Report on the administration of the Government Cinchona Department 1892-98
Year: 1892
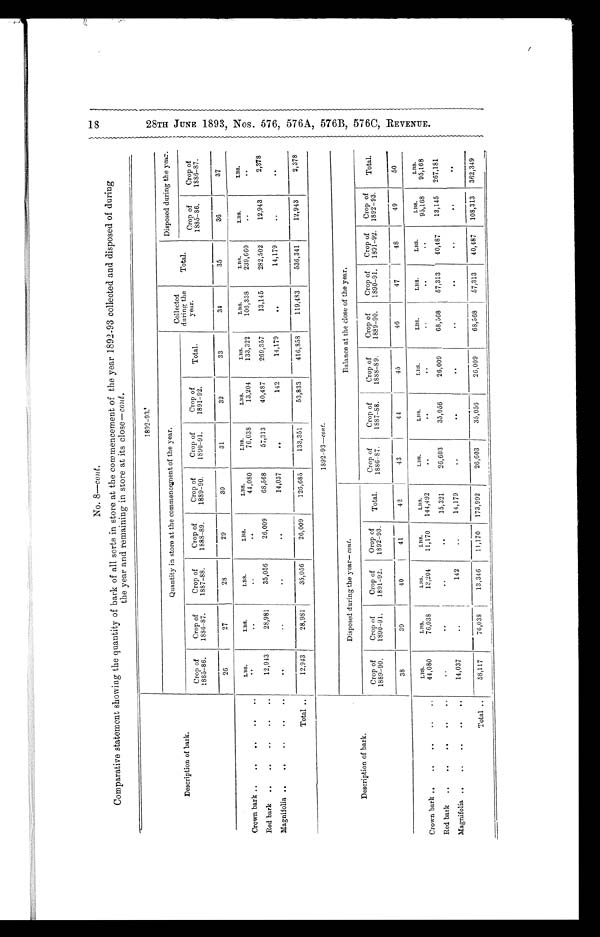
No. 8—cont.
Comparative statement showing the quantity of bark of all sorts in store at the commencement of the year 1892-93 collected and disposed of during
the year and remaining in store at its close— cont.
Description of bark.
1 8 9 2 — 9 3 .
Quantity in store at the commencement of the year.
Collected
during the
year.
Total.
Disposed during the year.
Crop of
1885-86.
Crop of
1886-87.
Crop of
1887-88.
Crop of
1888-89.
Crop of
1889-90.
Crop of
1890-91.
Crop of
1891-92.
Total.
Crop of
1885-86.
Crop of
1886-87.
26
27
28
29
30
31
32
33
34
35
36
37
Crown bark . . .
LBS.
LBS.
LBS.
LBS.
LBS.
LBS.
LBS.
LBS.
LBS.
LBS.
L B S .
LBS.
. . .
. . .
. . .
. . . 44,080
76,038
13,204
133,322
106,338
239,660
. . .
. . .
Red bark . . .
12,943
28,981
35,056
26,009
68,568
57,313
40,487
269,357
13,145
282,502
12,943
2,378
Magnifolia . . .
. . .
. . .
. . .
. . .
14,037
. . .
142
14,179
. . .
14,179
. . .
. . .
Total . . .
12,943
28,981
35,056
26,009
126,685
133,351
53,833
416,858
119,483
536,341
12,943
2,378
Description of bark.
1892-93—cont.
Disposed during the year— cont.
B a l a n c e a t t h e c l o s e o f t h e y e a r .
Crop of
1889-90.
Crop of
1890-91.
Crop of
1891-92.
Orop of
1892-93.
Total.
Crop of
1886-87.
Crop of
1887-88.
Crop of
1888-89.
Crop of
1889-90.
Crop of
1890-91.
Crop of
1891-92.
Crop of
1892-93.
Total.
38
39
40
41
42
43
44
45
46
47
48
49
50
Crown bark . . .
LBS.
LBS.
LBS.
LBS.
LBS.
LBS.
LBS.
L B S .
LBS.
LBS.
LBS.
LBS.
LBS.
44,080
76,038
13,204
11,170
144,492
. . .
. . .
. . .
. . .
. . . . . .
95,168
95,168
Red bark . . .
. . .
. . .
. . . . . .
15,321
26,603
35,056
26,009
68,568
57,313
40,487
13,145
267,181
Magnifolia . . .
14,037
. . .
142
. . .
14,179
. . .
. . .
. . .
. . .
. . . . . .
. . .
. . .
Total . . .
58,117
76,038
13,346
11,170
173,992
26,603
35,056
26,009
68,568
57,313
40,487
108,313
362,349
1 8 2 8 T H J U N E 1 8 9 3 , N o s . 5 7 6 , 5 7 6 A , 5 7 6 B , 5 7 6 C , R E V E N U E .